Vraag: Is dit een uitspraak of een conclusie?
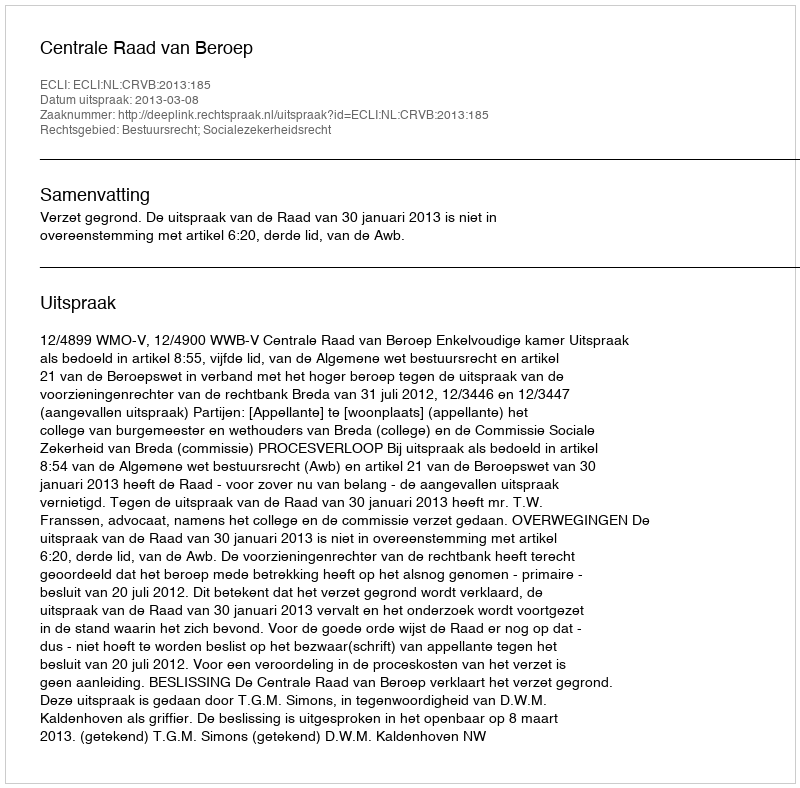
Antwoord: Uitspraak